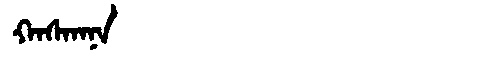
Manchu: ᡴᠠᠰᡴᠠᠨᠠ
Romanization: KASKANA